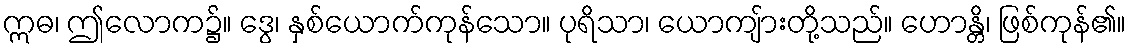
ဣဓ၊ ဤလောက၌။ ဒွေ၊ နှစ်ယောက်ကုန်သော။ ပုရိသာ၊ ယောကျ်ားတို့သည်။ ဟောန္တိ၊ ဖြစ်ကုန်၏။